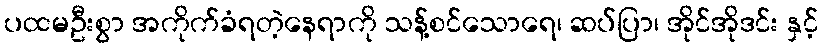
ပထမဦးစွာ အကိုက်ခံရတဲ့နေရာကို သန့်စင်သောရေ၊ ဆပ်ပြာ၊ အိုင်အိုဒင်း နှင့်